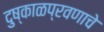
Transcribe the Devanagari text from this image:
दुष्काळप्रवणाचे